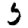
Digit: 5